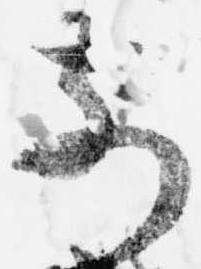
前